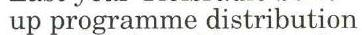
up programme distribution